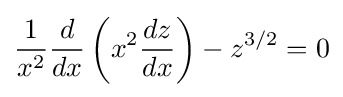
{\frac {1}{x^{2}}}{\frac {d}{dx}}\left(x^{2}{\frac {dz}{dx}}\right)-z^{3/2}=0